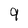
Character: 9